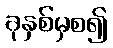
ခုနှစ်မှစ၍